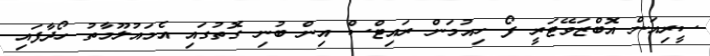
ސީރިއަން އޮބްޒަވޭޓަރީ ފޯ ހިއުމަން ރައިޓްސް އިން ބުނި ގޮތުގައި އެމައުލޫމާތު ހޯދާފައި